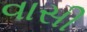
વાસી